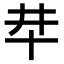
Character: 𠦈